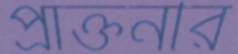
প্রাক্তনীর